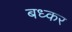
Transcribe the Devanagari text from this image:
बध्कर